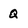
Character: Q